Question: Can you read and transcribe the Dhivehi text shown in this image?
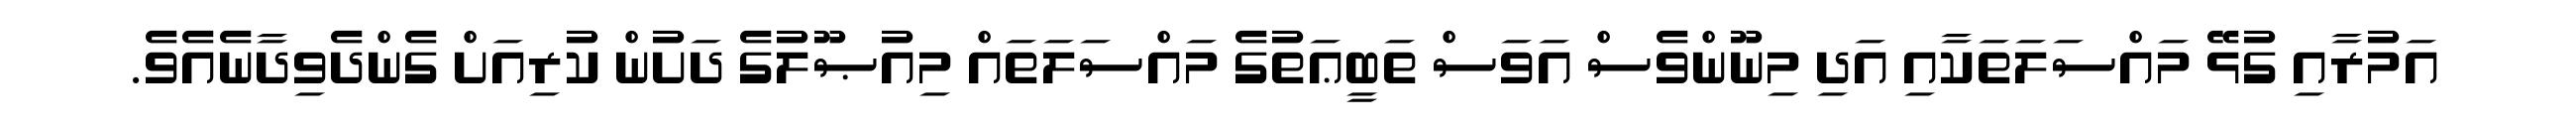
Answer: އަމުރާއި ގުޅޭ މައްސަލަތަކާއި އަދި މިނޫންވެސް އަވަސް ތަބީޢަތުގެ މައްސަލަތައް މިއުޞޫލުގެ ދަށުން ކުރިއަށް ގެންދެވިދާނެއެވެ.